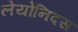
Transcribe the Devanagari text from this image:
लेयोनिदस